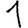
Digit: 1